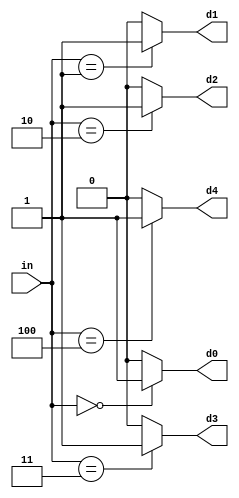
module DECODER_3_TO_5
(
	input [2:0] in,
	output reg d0, d1, d2, d3, d4
);

  always@(*) begin
    d0 <= 0;
	d1 <= 0;
	d2 <= 0;
	d3 <= 0;
	d4 <= 0;
	
    case (in)
	  3'b000: d0 <= 1;
	  3'b001: d1 <= 1;
	  3'b010: d2 <= 1;
	  3'b011: d3 <= 1;
	  3'b100: d4 <= 1;
	endcase
  end

endmodule